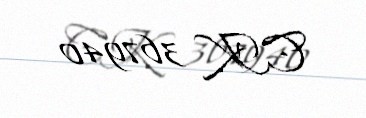
CK 367940